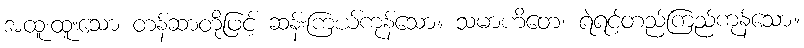
အထူးထူးသော တန်ဆာတို့ဖြင့် ဆန်းကြယ်ကုန်သော။ သမာဟိတေ၊ ရဲရင့်တည်ကြည်ကုန်သော။